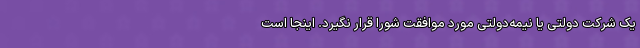
یک شرکت دولتی یا نیمه‌دولتی مورد موافقت شورا قرار نگیرد. اینجا است